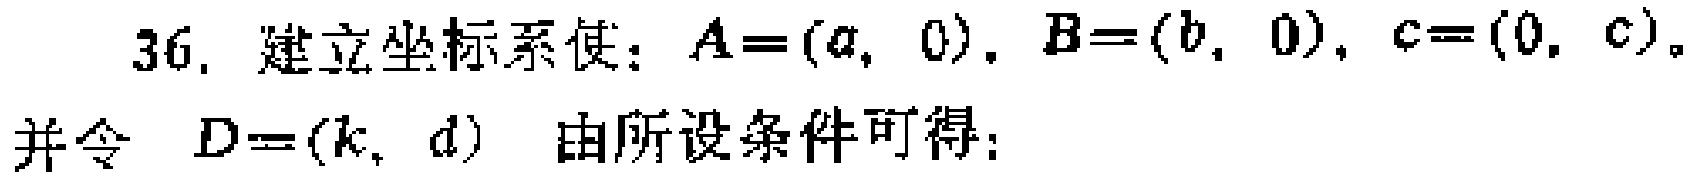
36. 建立坐标系使：$A=(a, 0)$，$B=(b, 0)$，$c=(0, c)$。
并令 $D=(k, d)$ 由所设条件可得：